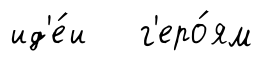
ид'е́и г'еро́ям